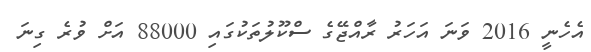
އެހެނީ 2016 ވަނަ އަހަރު ރާއްޖޭގެ ސްކޫލުތަކުގައި 88000 އަށް ވުރެ ގިނަ